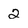
Character: 2